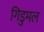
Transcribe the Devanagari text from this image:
गिडुमल